Annual report on the lock hospitals of the Madras Presidency
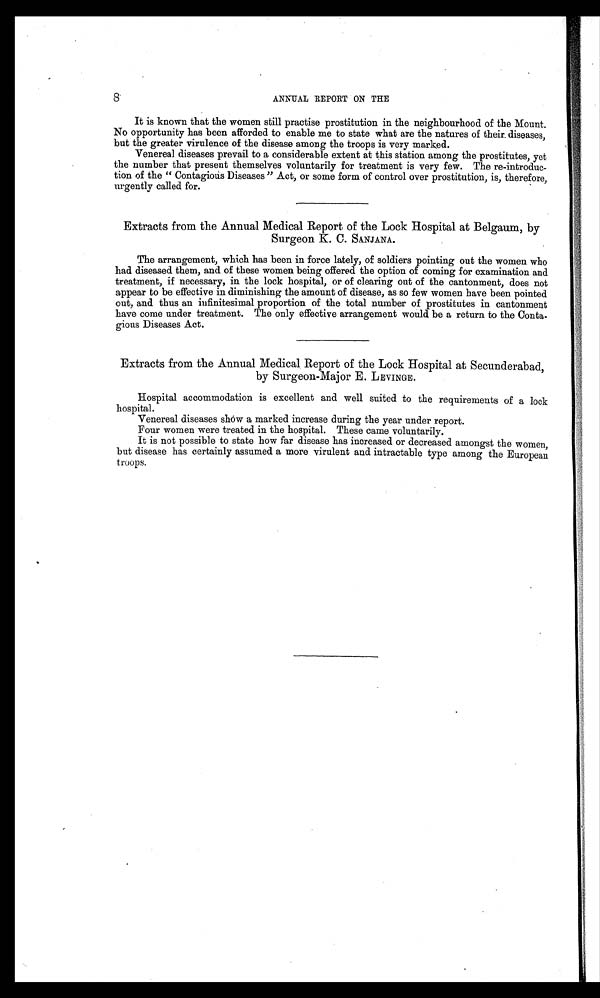
8
ANNUAL REPORT ON THE
It is known that the women still practise prostitution in the neighbourhood of the Mount.
No opportunity has been afforded to enable me to state what are the natures of their diseases,
but the greater virulence of the disease among the troops is very marked.
Venereal diseases prevail to a considerable extent at this station among the prostitutes, yet
the number that present themselves voluntarily for treatment is very few. The re-introduc-
tion of the " Contagious Diseases " Act, or some form of control over prostitution, is, therefore,
urgently called for.
Extracts from the Annual Medical Report of the Lock Hospital at Belgaum, by
Surgeon K. C. SANJANA.
The arrangement, which has been in force lately, of soldiers pointing out the women who
had diseased them, and of these women being offered the option of coming for examination and
treatment, if necessary, in the lock hospital, or of clearing out of the cantonment, does not
appear to be effective in diminishing the amount of disease, as so few women have been pointed
out, and thus an infinitesimal proportion of the total number of prostitutes in cantonment
have come under treatment. The only effective arrangement would be a return to the Conta-
gious Diseases Act.
Extracts from the Annual Medical Report of the Lock Hospital at Secunderabad,
by Surgeon-Major E. LEVINGE.
Hospital accommodation is excellent and well suited to the requirements of a lock
hospital.
Venereal diseases show a marked increase during the year under report.
Four women were treated in the hospital. These came voluntarily.
It is not possible to state how far disease has increased or decreased amongst the women,
but disease has certainly assumed a more virulent and intractable type among the European
troops.